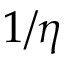
1 / \eta